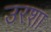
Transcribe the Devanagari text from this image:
उरशा